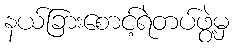
နယ်ခြားစောင့်ရဲတပ်ဖွဲ့မှ